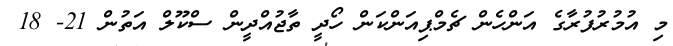
މި އުމުރުފުރާގެ އަންހެން ޗެމްޕިއަންކަން ހޯދީ ތާޖުއްދީން ސްކޫލް އަތުން 21- 18